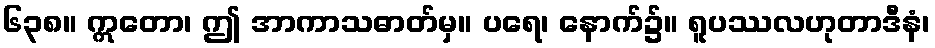
၆၃၈။ ဣတော၊ ဤ အာကာသဓာတ်မှ။ ပရေ၊ နောက်၌။ ရူပဿလဟုတာဒီနံ၊